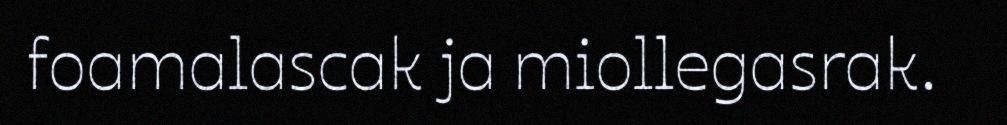
foamalascak ja miollegasrak.